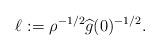
LaTeX: \begin{align*}\ell_{} := \rho^{-1/2} \widehat{g}(0)^{-1/2}.\end{align*}